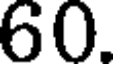
60.